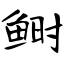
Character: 鲥